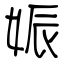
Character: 娠